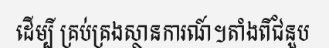
ដើម្បី គ្រប់គ្រងស្ថានការណ៍។តាំងពីជំនួប